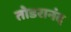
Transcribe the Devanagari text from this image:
तोडरानंद